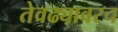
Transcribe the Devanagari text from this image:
तेवढ्यावरच